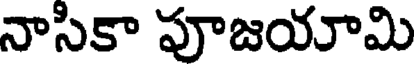
నాసికా పూజయామి